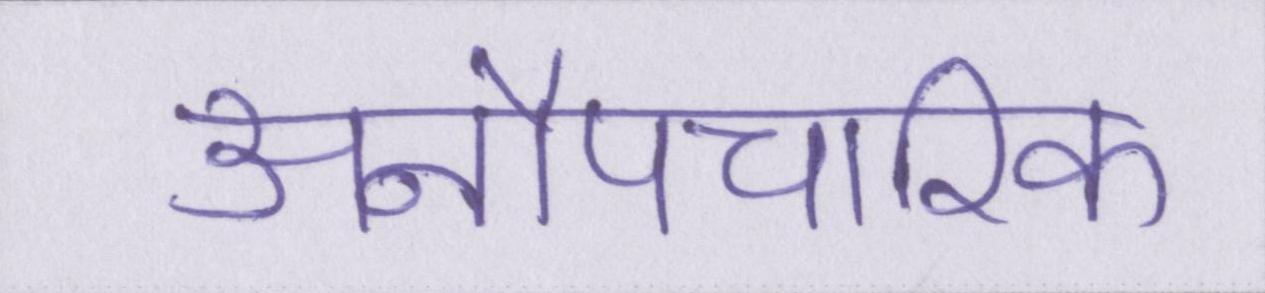
अनौपचारिक